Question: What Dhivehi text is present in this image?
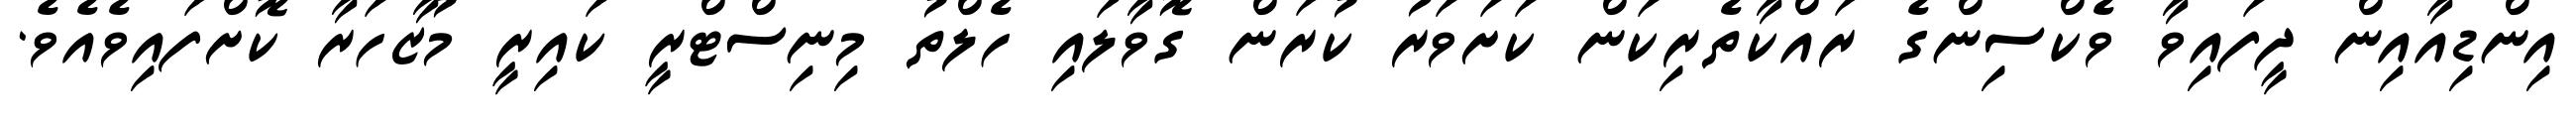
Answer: އިންޑިއާއިން ދީފައިވާ ވެކްސިންގެ ރައްކާތެރިކަން ކަށަވަރު ކުރަން ގޮވާލައި ހެލްތު މިނިސްޓްރީ ކައިރީ މުޒާހަރާ ކޮށްފައިވެއެވެ.